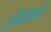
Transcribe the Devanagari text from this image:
शोबोस्की